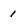
Character: 1